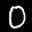
Label: 0